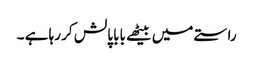
راستے میں بیٹھے بابا پالش کر رہا ہے ۔